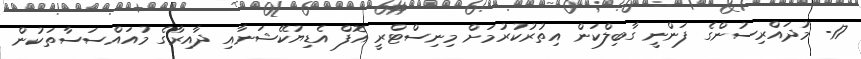
17- މުދައްރިސުންގެ ފަންނީ ގާބިލްކަން އިތުރުކުރުމަށް މިނިސްޓްރީ އޮފް އެޑިޔުކޭޝަނާއި ދާއިރާގެ މުއައްސަސާތަކުން